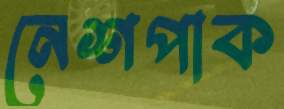
নেশপাক